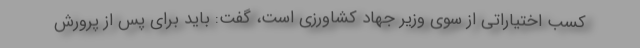
کسب اختیاراتی از سوی وزیر جهاد کشاورزی است، گفت: باید برای پس از پرورش